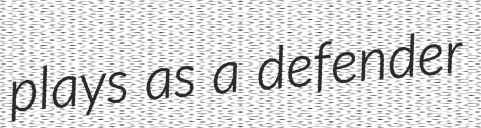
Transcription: plays as a defender